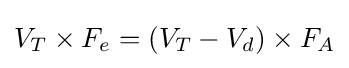
V_{T}\times F_{e}=(V_{T}-V_{d})\times F_{A}